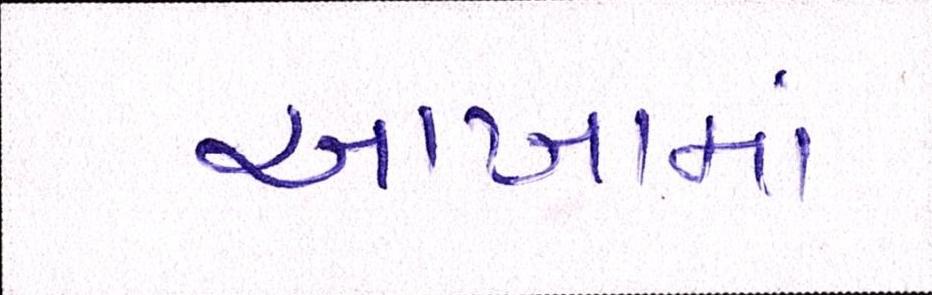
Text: આખામાં